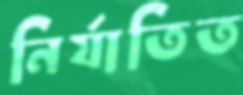
নির্যাতিত